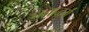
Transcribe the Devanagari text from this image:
धनाद्धर्मं